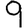
Digit: 9